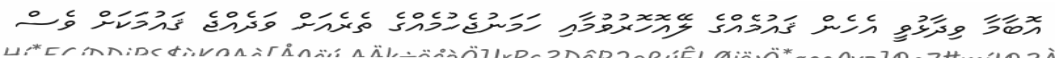
އޮބާމާ ވިދާޅުވީ އެހެން ޤައުމެއްގެ ލޭއޮހޮރުވުމާއި ހަމަނުޖެހުމެއްގެ ތެރެއަށް ވަދެއްޖެ ޤައުމަކަށް ވެސް